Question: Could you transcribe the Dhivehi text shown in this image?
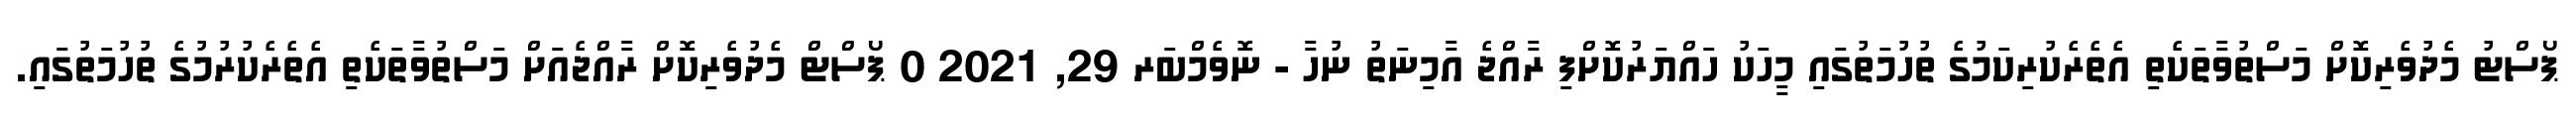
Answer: ޕޯސްޓު މެދުވެރިކޮށް މަސްތުވާތަކެތި އެތެރެކުރިކަމުގެ ތުހުމަތުގައި މީހަކު ހައްޔަރުކޮށްފި ރާއްޖެ އާމިނަތު ނުހާ - ނޮވެމްބަރ 29, 2021 0 ޕޯސްޓް މެދުވެރިކޮށް ރާއްޖެއަށް މަސްތުވާތަކެތި އެތެރެކުރުމުގެ ތުހުމަތުގައި.